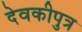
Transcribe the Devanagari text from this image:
देवकीपुत्र